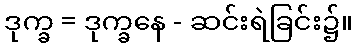
ဒုက္ခ = ဒုက္ခနေ - ဆင်းရဲခြင်း၌။